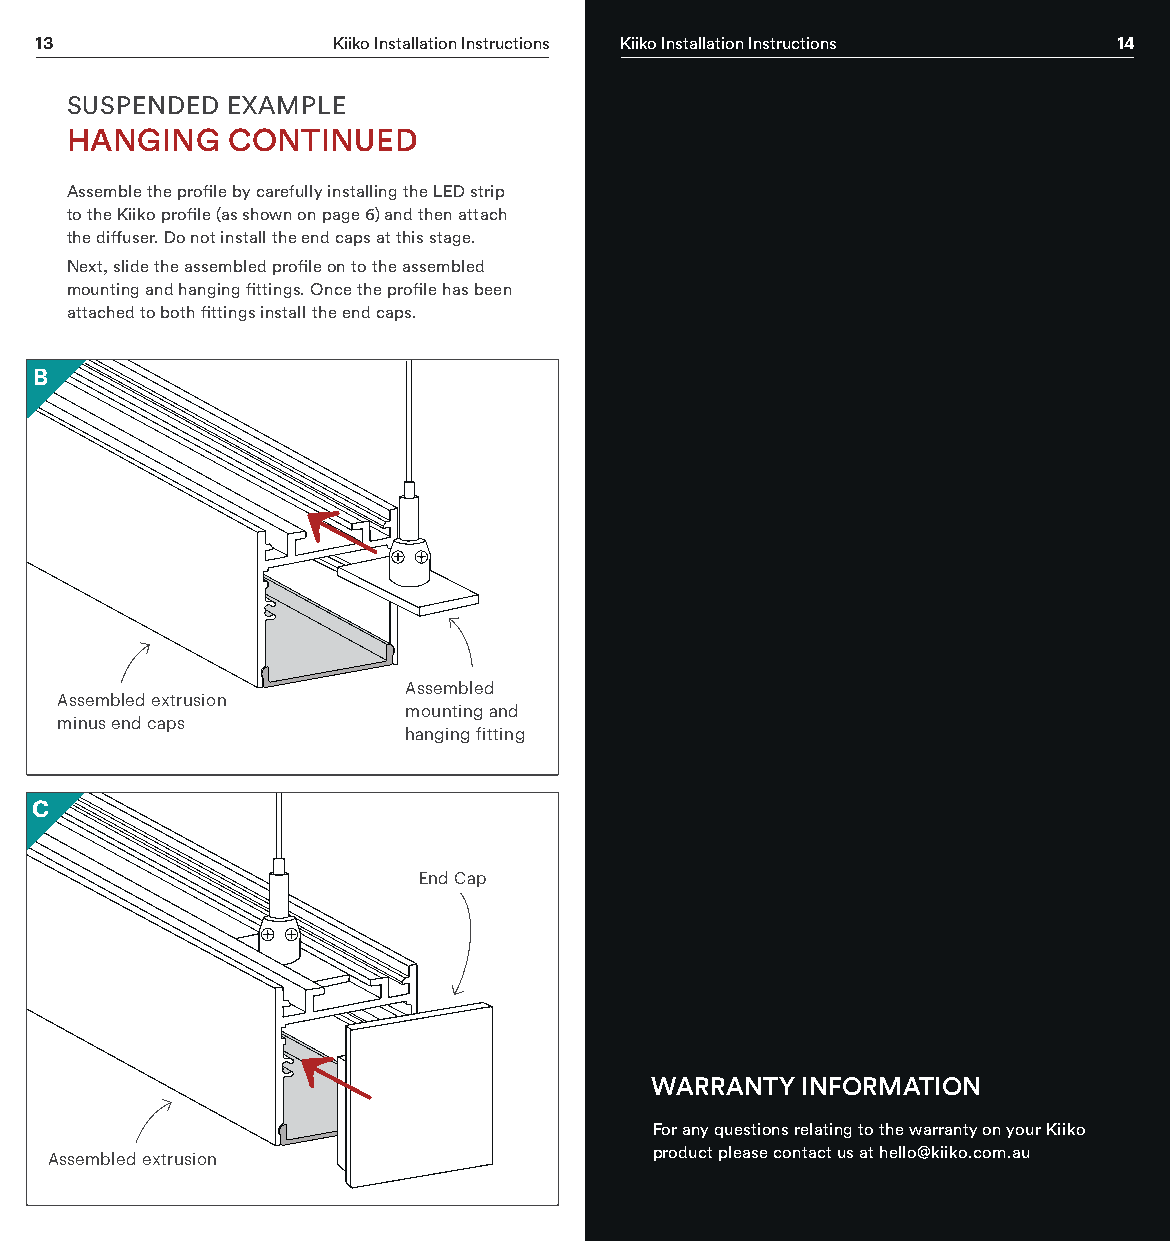
13                  Kiiko Installation Instructions Kiiko Installation Instructions 14
 SUSPENDED  EXAMPLE
 HANGING    CONTINUED
 Assemble the profile by carefully installing the LED strip
 to the Kiiko profile (as shown on page 6) and then attach
 the diffuser. Do not install the end caps at this stage.
 Next, slide the assembled profile on to the assembled
 mounting and hanging fittings. Once the profile has been
 attached to both fittings install the end caps.
 B
 Assembled
 Assembled extrusion
 mounting and
 minus end caps
 hanging fitting
 C
 End Cap
 WARRANTY  INFORMATION
 For any questions relating to the warranty on your Kiiko
 product please contact us at hello@kiiko.com.au
 Assembled extrusion